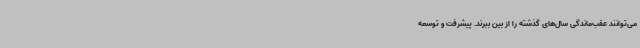
می‌توانند عقب‌ماندگی سال‌های گذشته را از بین ببرند. پیشرفت و توسعه